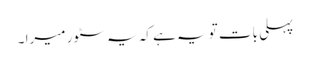
پہلی بات تو یہ ہے کہ یہ سٹور میرا ۔